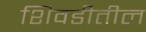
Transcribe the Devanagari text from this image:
शिवडीतील